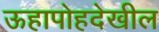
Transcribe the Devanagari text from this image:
ऊहापोहदेखील